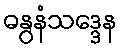
ဓနွနံသဒ္ဒေန